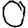
Digit: 0